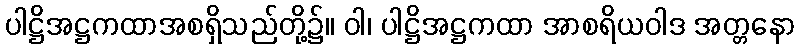
ပါဋ္ဌိအဋ္ဌကထာအစရှိသည်တို့၌။ ဝါ၊ ပါဋ္ဌိအဋ္ဌကထာ အာစရိယဝါဒ အတ္တနော